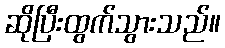
ဆိုပြီးထွက်သွားသည်။